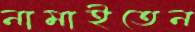
নামাইতেন